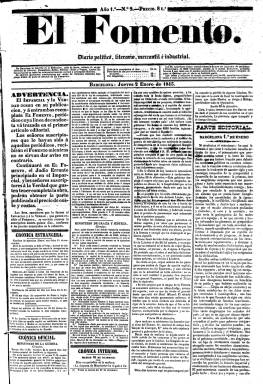
Título: El Fomento (Barcelona)
Colección: Periódicos anteriores a 1850
Ámbito geográfico: Barcelona
Lugar de publicación: Barcelona
Fechas: 02/01/1845-25/12/1849

Surge este diario como fruto de la fusión de los liberales El Imparcial (1842-1844) y La Verdad (1843-1844). Señala Jordi Casassas i Ymbert (2005) que fue uno de los intentos de formar un portavoz unitario del pensamiento liberal conservador, todavía disperso, y al margen del Diario de Barcelona. Se definía como moderado y católico monárquico, pero incluyendo también algunos elementos progresistas. Así, en su primer número, del uno de enero de 1845, proclama que “combatiremos la revolución como la reacción” y que “el orden público y la paz interior de los pueblos forman nuestra principal divisa, que defenderemos a todo trance”. Pretendió fomentar los intereses prácticos y condenar sin miramientos los motines y rebeliones contra el Gobierno, por lo que fue el portavoz de los moderados gubernamentales en torno a la Unión Liberal en el poder.

Con el subtítulo “diario político, literario, mercantil e industrial” estuvo dirigido por el abogado y periodista Francesc Carles i Gabarró (-1874), y en su redacción y como colaboradores estuvieron elementos del liberalismo regionalista que confluiría en La Renaixença, como el también abogado, periodista y escritor Víctor Balaguer (1824-1901), Adolf Blanch y Cortada (1832-1887), el arqueólogo y bibliotecario Antoni de Bofarull (1821-1892), Lluís Cutxet -o Cutchet- (1815-1892), Vicenç Madera, Jaume Llansó, Llorenç Puig i Boada, Francesc Oliver, Manuela Cambronero o R.L. Fuentes.

Su editor responsable, que lo venía siendo de El Imparcial, será Josep Devesa i Pujadas, en cuya imprenta se encontraba también la redacción, en el número seis de la calle Serra. Mantiene el formato y diseño del citado diario, por lo que las entregas de El Fomento serán en gran folio y en pliego de cuatro páginas, compuestas a cuatro columnas. Sus secciones serán igualmente las mismas: Parte editorial, Crónica oficial (legislación y normativa), Crónica extranjera, Crónica interior (noticias de España), Cortes o crónica parlamentaria, Boletín urbano o Gacetilla de la capital, Boletín de comercio o Revista comercial, Comunicados, Remitidos o Correspondencia (artículos y cartas al director o editor), Diversiones públicas (programación teatral), Crónica teatral, Funciones religiosas, Avisos particulares y anuncios comerciales, que irán aumentando considerablemente. También publica un folletín en los faldones de la tercera y cuarta planas.

En mayo de 1845 regalará la nueva Constitución, que sustituyó a la consensuada entre progresistas y moderados de 1837, y durante 1849 mantendrá una polémica con Antoni Brussi, propietario de Diario de Barcelona, por edificar abusivamente en la calle Librería. El último número de El Fomento en la colección de la Biblioteca Nacional de España corresponde al 25 de diciembre de 1849. Dos días después aparece en su lugar el El Sol, con una tendencia liberal similar, y considerado el diario de mayor formato en toda España, que estará publicándose hasta el 21 de julio de 1852. El Sol también será sustituido por Diario de Cataluña (1852-1853) y éste a su vez por Diario de la tarde (1853-1854). Referencia bibliográfica para estos diarios también en: 200 anys de premsa diària a Catalunya (1995).